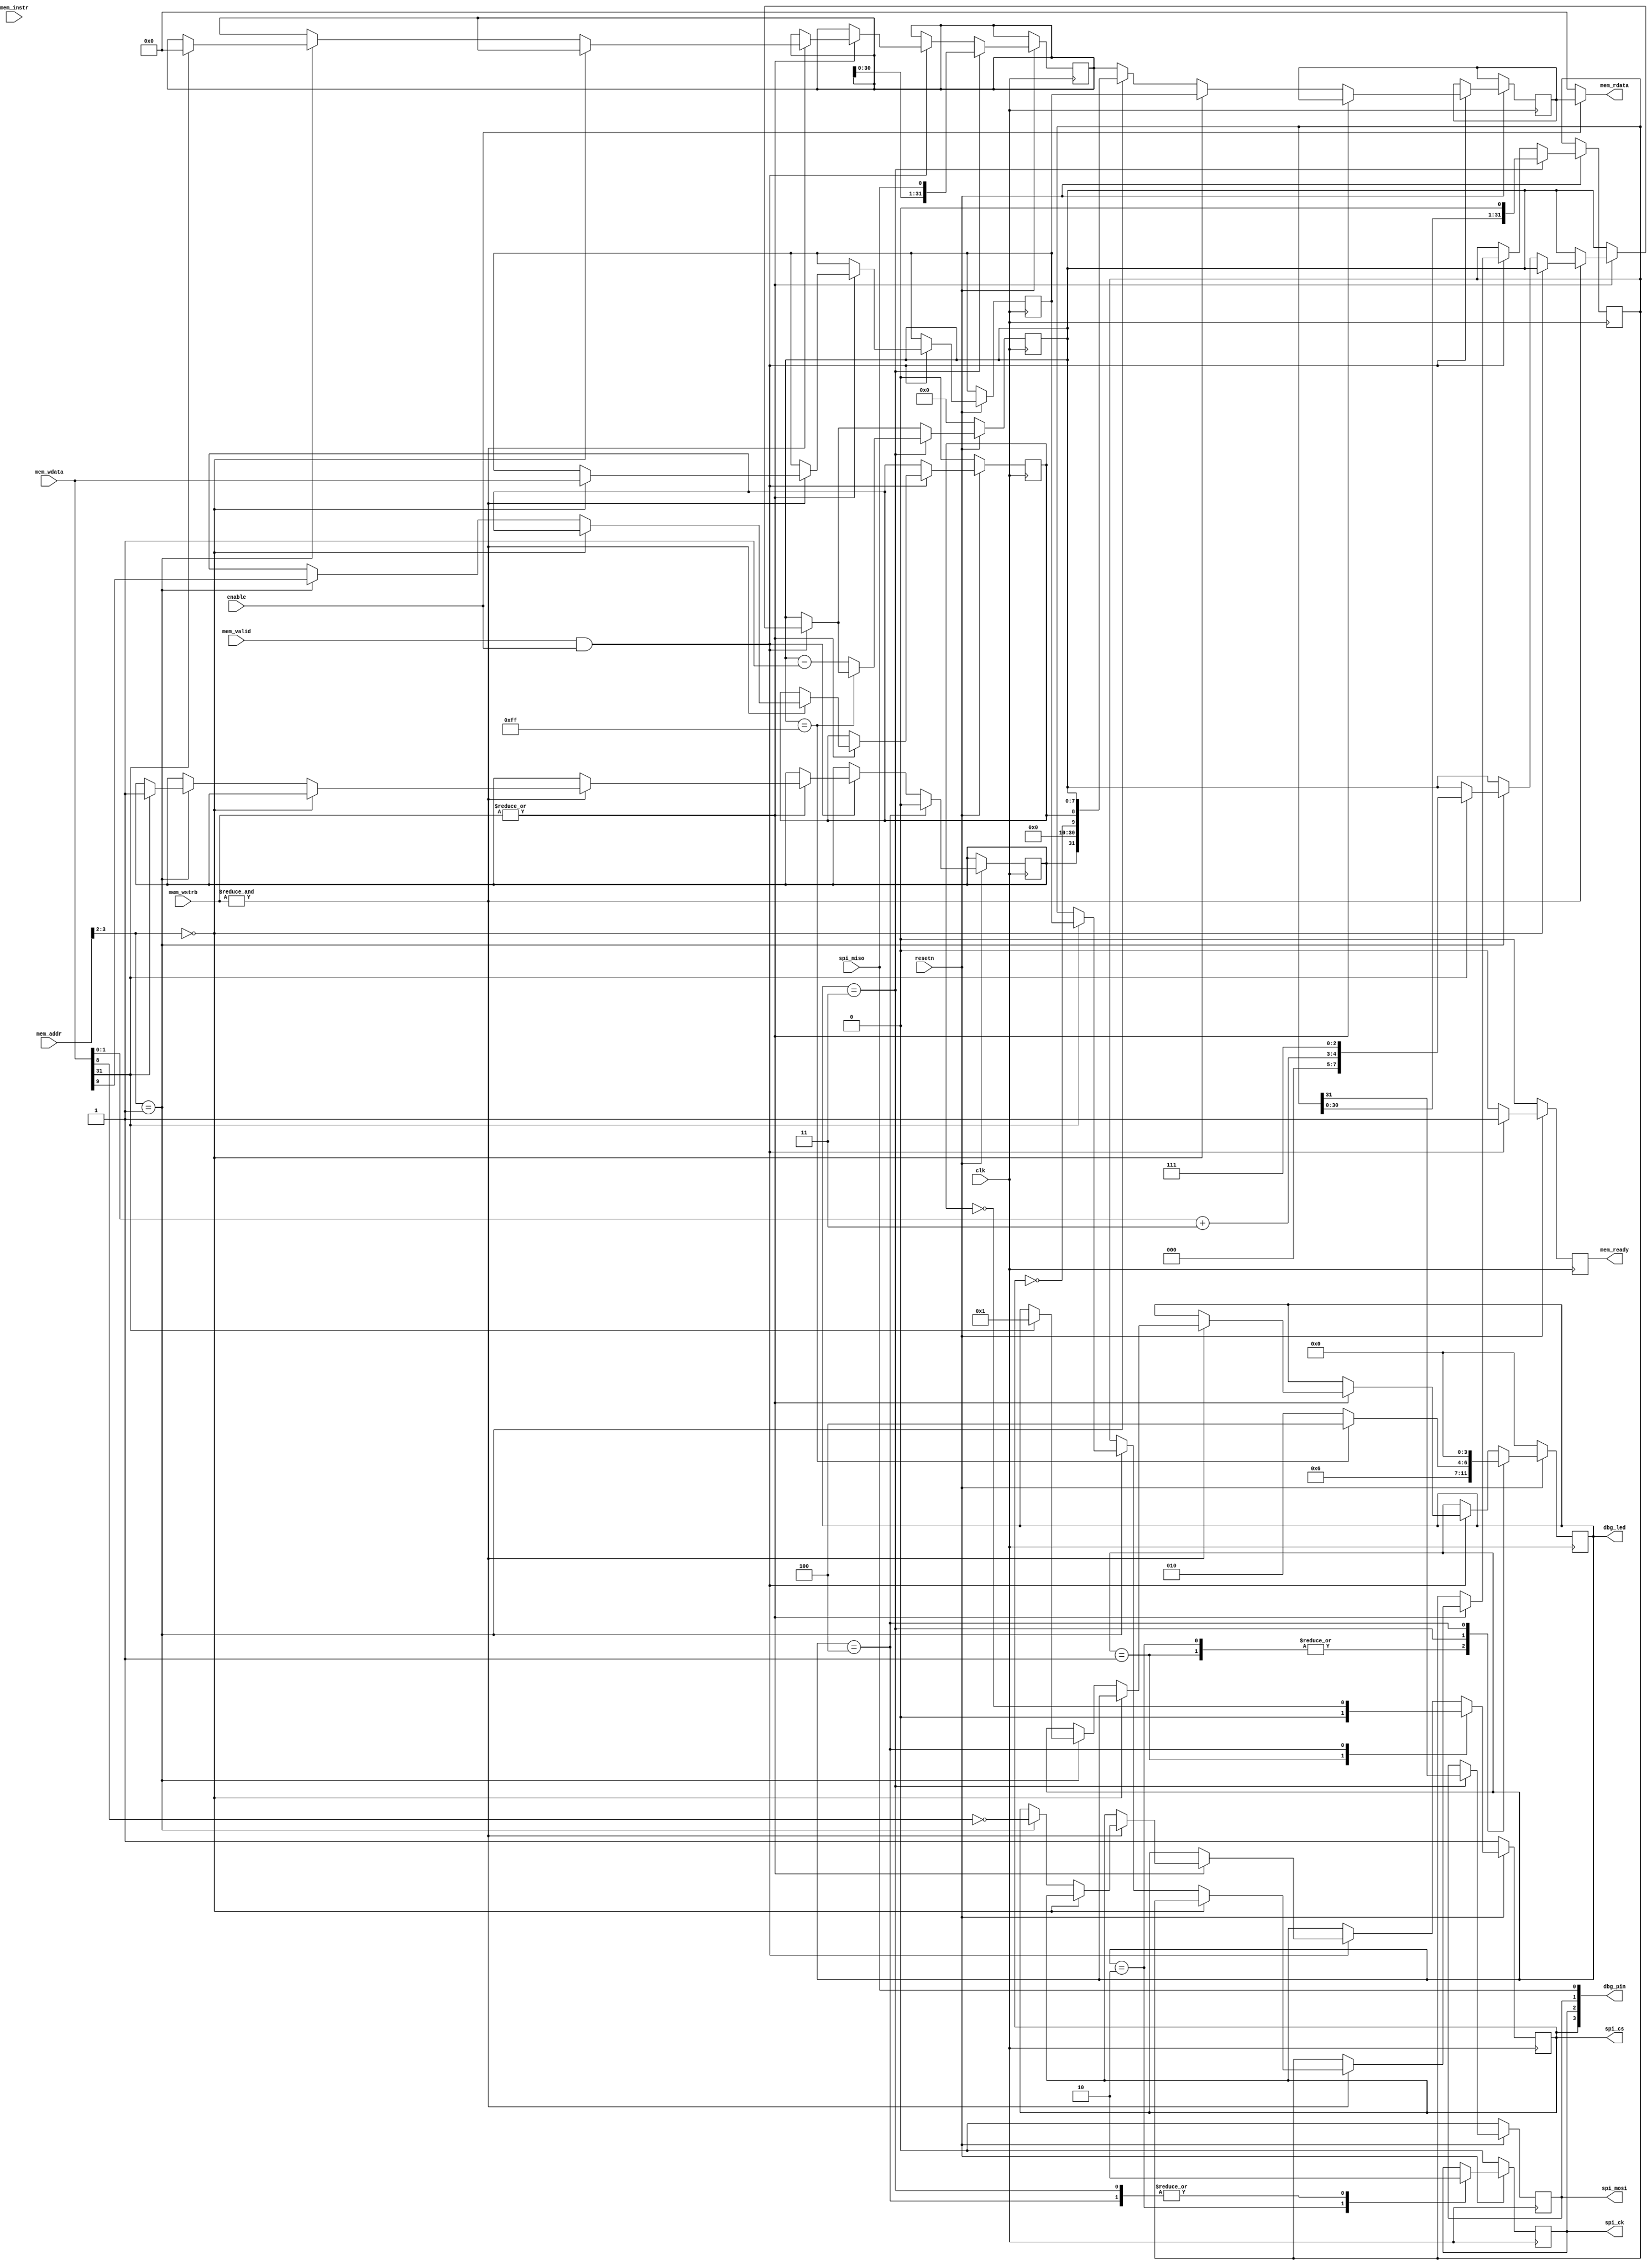
module spi_flash (
    // Bus interface
    input  wire        clk,
    input  wire        resetn,
    input  wire        enable,
    input  wire        mem_valid,
    output wire        mem_ready,
    input  wire        mem_instr,
    input  wire [3:0]  mem_wstrb,
    input  wire [31:0] mem_wdata,
    input  wire [31:0] mem_addr,
    output wire [31:0] mem_rdata,

    output wire [3:0]  dbg_led,
    output wire [3:0]  dbg_pin,

     // spi flash interface
     output wire        spi_cs,
     output wire        spi_ck,
     output wire        spi_mosi,
     input  wire        spi_miso
);

    reg         rdy;
    reg         scs;
    reg         sck;
    reg         sdo;
    reg         busy;
    reg         scs_end;
    reg  [3:0]  state;
    reg  [7:0]  bcnt;
    reg [31:0]  data;
    reg [31:0]  sdata;
    reg [31:0]  rdata;
    reg [31:0]  spi_recv;
    reg  [3:0]  led_reg;

    always @(posedge clk) begin
        if (!resetn) begin
            rdy     <= 1'b0;
            scs     <= 1'b1;
            sck     <= 1'b0;
            sdo     <= 1'b0;
            bcnt    <= 8'h00;
            state   <= 4'h0;
            led_reg <= 4'h0;
            scs_end <= 1'b0;
        end else begin
            if (mem_valid & enable) begin
                if (|mem_wstrb) begin
                    if (&mem_wstrb) begin
                        if (mem_addr[3:2] == 2'b00) begin
                            // write SPI command
                            sdata    <= mem_wdata;
                        end else if (mem_addr[3:2] == 2'b01) begin
                            // write SPI control
                            scs      <= ~mem_wdata[8];
                            scs_end  <=  mem_wdata[9];
                            if (mem_wdata[31]) begin
                                spi_recv <= 32'b0;
                                data     <= sdata;
                                bcnt     <= {3'b00, mem_wdata[1:0] + 2'b11, 3'b111};
                                state    <= 4'h1;
                                busy     <= 1;
                            end
                        end
                    end
                    rdy   <= 1'b1;
                end else begin
                    if (mem_addr[3:2] == 2'b00) begin
                        rdata <= sdata;
                    end else if (mem_addr[3:2] == 2'b01) begin
                        rdata <= {busy, 7'h00, 8'h00, 6'h00, ~scs, scs_end, bcnt};
                    end else begin
                        rdata <= spi_recv;
                    end
                    rdy   <= 1'b1;
                end
            end else begin
                rdy   <= 1'b0;
            end

            case (state)
                4'h1: begin
                  scs    <= 1'b0;
                  state  <= 4'h3;
                end

                4'h2: begin
                  sck      <= 1'b1;
                  state    <= 4'h3;
                end

                4'h3: begin
                  spi_recv <= {spi_recv, spi_miso};
                  sck      <= 1'b0;
                  sdo      <= data[31];
                  data     <= {data[30:0], 1'b0};
                  if (bcnt == 8'hFF) begin
                    state  <= 4'h4;
                  end else begin
                    bcnt   <= bcnt - 8'h01;
                    state  <= 4'h2;
                  end
                end

                4'h4: begin
                  sck   <= 1'b0;
                  scs   <= ~scs_end;
                  state <= 4'h0;
                  busy  <= 0;
                end

            endcase
        end
    end

    // Tri-state the bus outputs.
    assign spi_ck    = sck;
    assign spi_cs    = scs;
    assign spi_mosi  = sdo;
    assign mem_rdata = enable ? rdata : 'b0;
    assign mem_ready = rdy;
    assign dbg_pin   = {scs, sck, sdo, spi_miso};
    assign dbg_led   = state; //led_reg;

endmodule